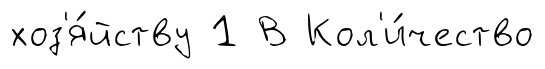
хоз'я́йству 1 В Кол'и́чество